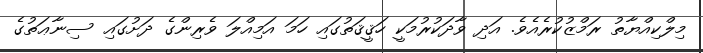
މިލްކިއްޔާތު ރަމްޒުކުރެއެވެ. އަދި ވާދަކުރުމަކީ ހަޤީޤަތުގައި ހަމަ އަމިއްލަ ވެރިންގެ ދަށުގައި ސިނާޢަތުގެ